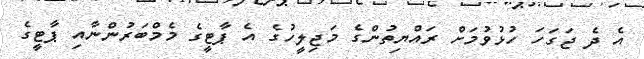
އެ ދެ ޖަގަހަ ހުޅުވުމަށް ރައްޔިތުންގެ މަޖިލީހުގެ އެ ޕާޓީގެ މެމްބަރުންނާއި ޕާޓީގެ